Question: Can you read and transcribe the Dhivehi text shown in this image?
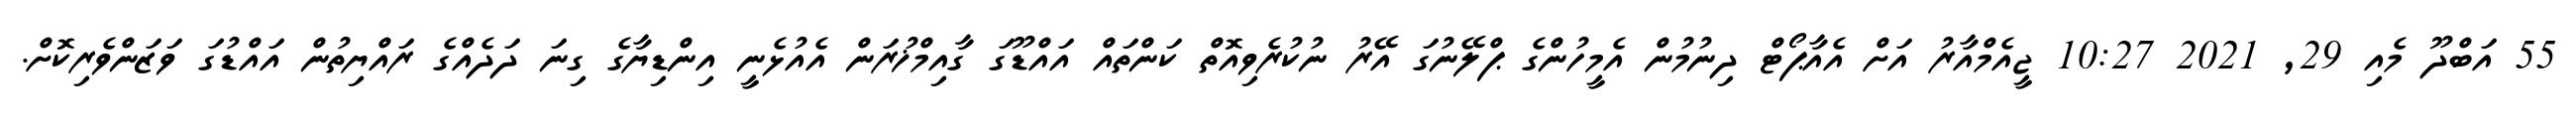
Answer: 55 އަބްދޫ މެއި 29, 2021 10:27 ޖީއެމްއާރު އަށް އެއާޕޯޓް ދިނުމުން އެމީހުންގެ ޕްލޭނުގަ އޭރު ނުކުރެވިއޮތް ކަންތައް އައްޑޫގަ ގާއިމްޚުރަން އެއުޅެނީ އިންޑިޔާގެ ގިނަ ދަދެއްގެ ރައްޔިތުން އައްޑުގަ ވަޒަންވެރިކޮށް.